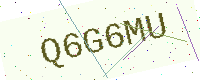
Text: Q6G6MU